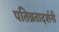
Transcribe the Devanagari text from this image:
पतिव्रतादर्शनी